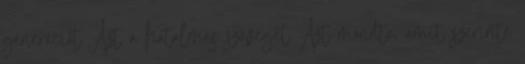
generációt Azt a hatalmas szöveget Azt mondta, amit szerinte